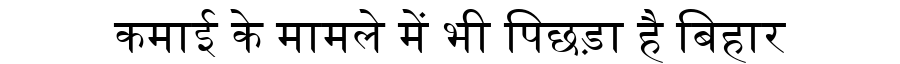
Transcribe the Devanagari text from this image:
कमाई के मामले में भी पिछड़ा है बिहार